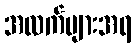
အလက်များအရ